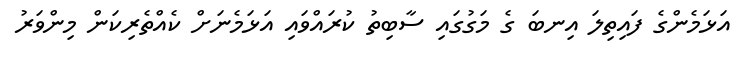
އަޅަމެންގެ ފައިތިލަ އިނބަ ގެ މަގުގައި ސާބިތު ކުރައްވައި އަޅަމެނަށް ކެެއްތެރިކަން މިންވަރު